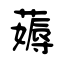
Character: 薅